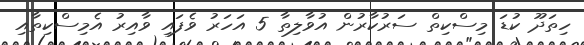
ހިތަދޫ ކުޑަ މިސްކިތް ސަރުކާރުން އުވާލިތާ 5 އަހަރު ވެފައި ވާއިރު އެމިސްކިތާއި